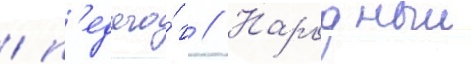
/ п'едаго́г // Народныи